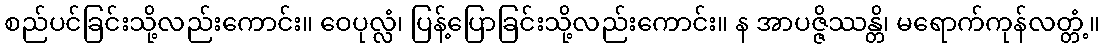
စည်ပင်ခြင်းသို့လည်းကောင်း။ ဝေပုလ္လံ၊ ပြန့်ပြောခြင်းသို့လည်းကောင်း။ န အာပဇ္ဇိဿန္တိ၊ မရောက်ကုန်လတ္တံ့။